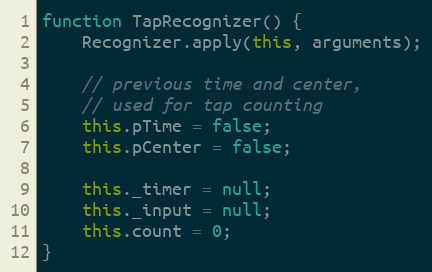
Language: JavaScript
function TapRecognizer() {
    Recognizer.apply(this, arguments);

    // previous time and center,
    // used for tap counting
    this.pTime = false;
    this.pCenter = false;

    this._timer = null;
    this._input = null;
    this.count = 0;
}